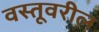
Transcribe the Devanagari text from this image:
वस्तूवरील